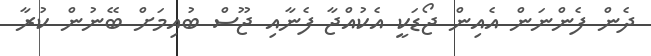
ދެން ފެންނަން އެއިން ޖޯޑަކީ އެކުއްޖާ ފެނާއި ޖޫސް ބުއިމަށް ބޭނުން ކުރާ